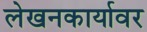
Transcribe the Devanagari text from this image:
लेखनकार्यावर